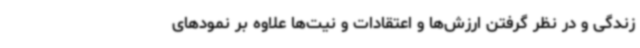
زندگی و در نظر گرفتن ارزش‌ها و اعتقادات و نیت‌ها علاوه بر نمودهای